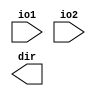
module iobuf (io1, io2, dir);
  input io1, io2;
  output dir;
  bufif0 #(5:7:9, 8:10:12, 15:18:21) b1 (io1, io2, dir);
  bufif1 #(6:8:10, 5:7:9, 13:17:19) b2 (io2, io1, dir);
endmodule